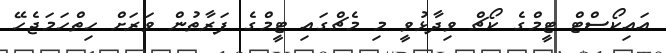
އައިކޯސްޓް ޓީމްގެ ކޯޗް ވިދާޅުވީ މި މެޗްގައި ޓީމްގެ ފަރާތުން ވަރަށް ހިތްހަމަޖެހޭ